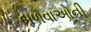
બળવાઓની